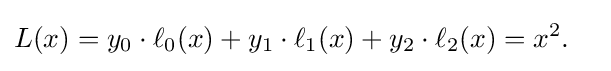
{\begin{aligned}L(x)&=y_{0}\cdot \ell _{0}(x)+y_{1}\cdot \ell _{1}(x)+y_{2}\cdot \ell _{2}(x)=x^{2}.\end{aligned}}